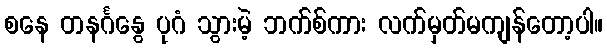
စနေ တနင်္ဂနွေ ပုဂံ သွားမဲ့ ဘက်စ်ကား လက်မှတ်မကျန်တော့ပါ။